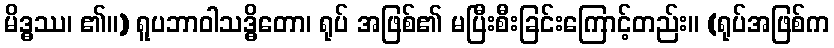
မိဒ္ဓဿ၊ ၏။) ရူပဘာဝါသဒ္ဓိတော၊ ရုပ် အဖြစ်၏ မပြီးစီးခြင်းကြောင့်တည်း။ (ရုပ်အဖြစ်က